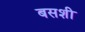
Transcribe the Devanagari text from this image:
बसशी